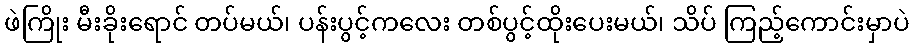
ဖဲကြိုး မီးခိုးရောင် တပ်မယ်၊ ပန်းပွင့်ကလေး တစ်ပွင့်ထိုးပေးမယ်၊ သိပ် ကြည့်ကောင်းမှာပဲ